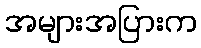
အများအပြားက